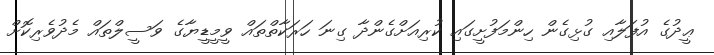
ޢީދުގެ އުފަލާއި ގުޅިގެން ހިންމަފުށީގައި ކުރިއަށްގެންދާ ގިނަ ހަރަކާތްތައް ވީމީޑީޔާގެ ވަސީލްތައް މެދުވެރިކޮށް